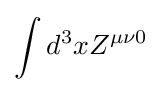
\int d^{3}xZ^{\mu \nu 0}